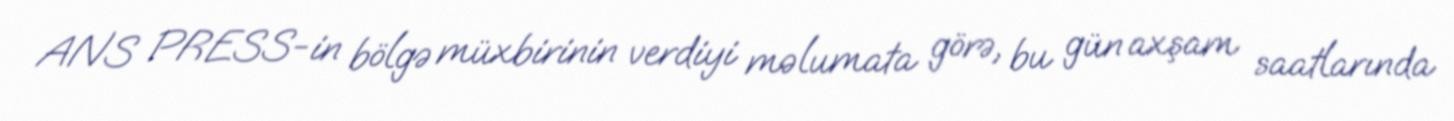
ANS PRESS-in bölgə müxbirinin verdiyi məlumata görə, bu gün axşam saatlarında